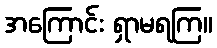
အကြောင်း ရှာမရကြ။